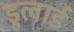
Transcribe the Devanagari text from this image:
डूलार्ड